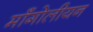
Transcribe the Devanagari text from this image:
मॉंगोलीयन